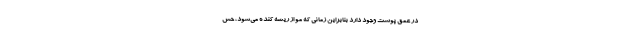
در عمق پوست وجود دارد بنابراین زمانی که مو از ریشه کنده می‌شود، حس